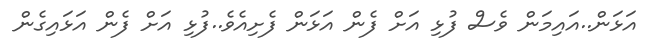
އަޅަން..އައިމަން ވެސް ފުޅި އަށް ފެން އަޅަން ފެށިއެވެ..ފުޅި އަށް ފެން އަޅައިގެން